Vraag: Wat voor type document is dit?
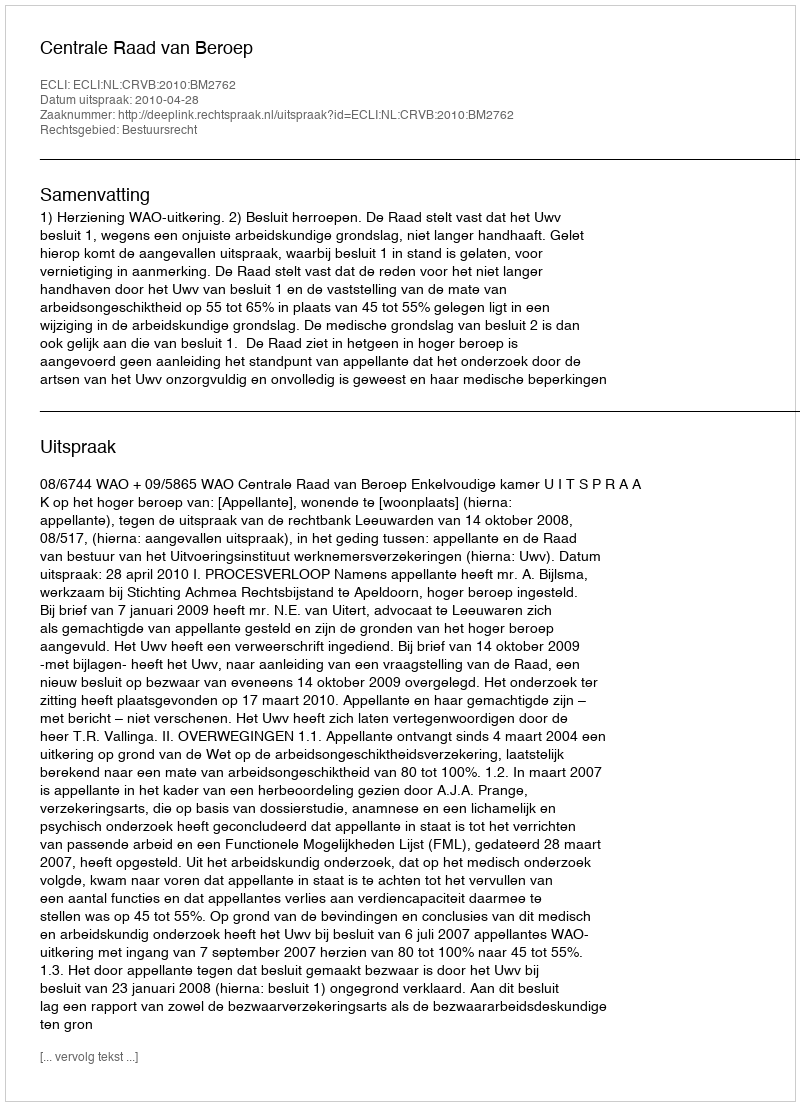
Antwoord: Uitspraak